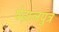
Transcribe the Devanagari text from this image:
पेढ़ालपुत्र